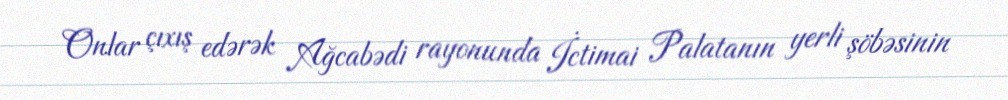
Onlar çıxış edərək Ağcabədi rayonunda İctimai Palatanın yerli şöbəsinin